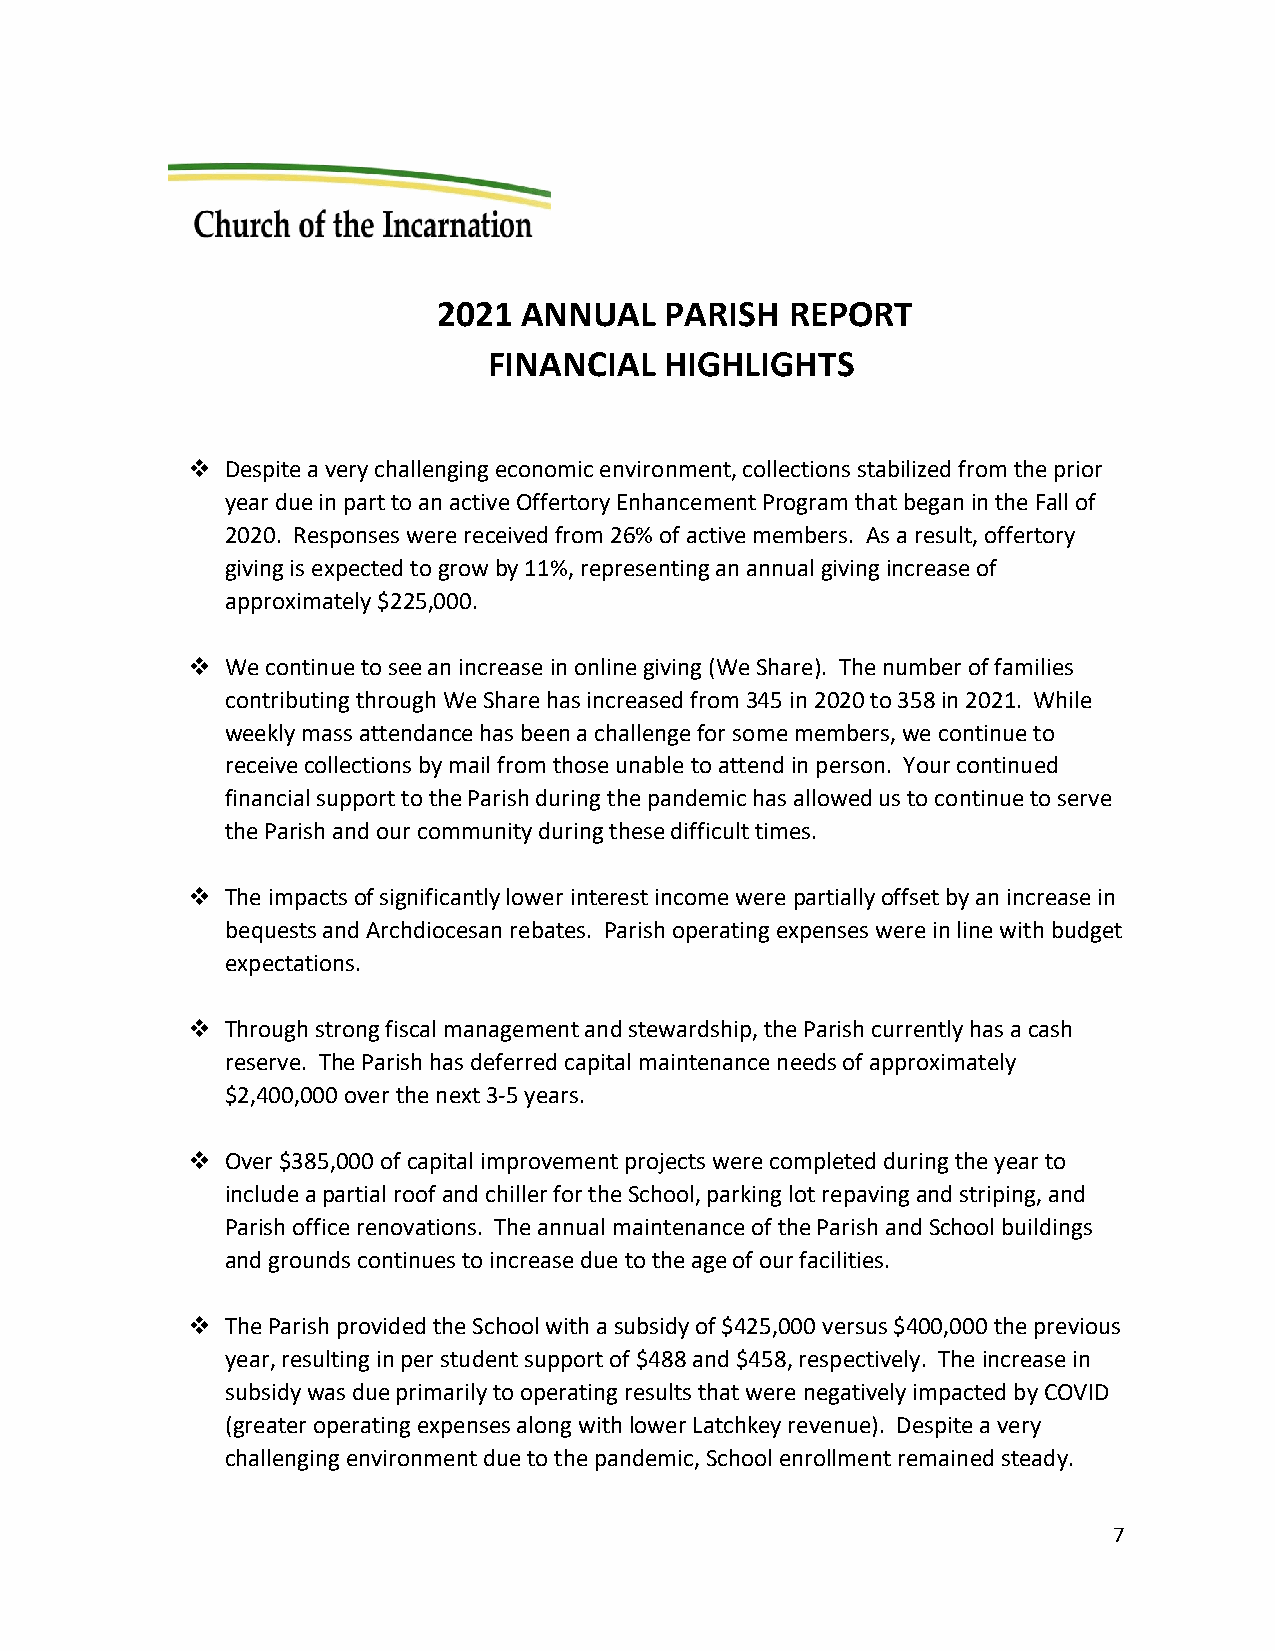
2021  ANNUAL   PARISH  REPORT
 FINANCIAL   HIGHLIGHTS
   Despite a very challenging economic environment, collections stabilized from the prior
 year due in part to an active Offertory Enhancement Program that began in the Fall of
 2020. Responses were received from 26% of active members. As a result, offertory
 giving is expected to grow by 11%, representing an annual giving increase of
 approximately $225,000.
   We continue to see an increase in online giving (We Share). The number of families
 contributing through We Share has increased from 345 in 2020 to 358 in 2021. While
 weekly mass attendance has been a challenge for some members, we continue to
 receive collections by mail from those unable to attend in person. Your continued
 financial support to the Parish during the pandemic has allowed us to continue to serve
 the Parish and our community during these difficult times.
   The impacts of significantly lower interest income were partially offset by an increase in
 bequests and Archdiocesan rebates. Parish operating expenses were in line with budget
 expectations.
   Through strong fiscal management and stewardship, the Parish currently has a cash
 reserve. The Parish has deferred capital maintenance needs of approximately
 $2,400,000 over the next 3-5 years.
   Over $385,000 of capital improvement projects were completed during the year to
 include a partial roof and chiller for the School, parking lot repaving and striping, and
 Parish office renovations. The annual maintenance of the Parish and School buildings
 and grounds continues to increase due to the age of our facilities.
   The Parish provided the School with a subsidy of $425,000 versus $400,000 the previous
 year, resulting in per student support of $488 and $458, respectively. The increase in
 subsidy was due primarily to operating results that were negatively impacted by COVID
 (greater operating expenses along with lower Latchkey revenue). Despite a very
 challenging environment due to the pandemic, School enrollment remained steady.
 7